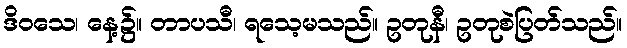
ဒိဝသေ၊ နေ့၌။ တာပသီ၊ ရသေ့မသည်။ ဥတုနီ၊ ဥတုစဲပြတ်သည်။